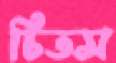
চিতস